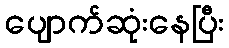
ပျောက်ဆုံးနေပြီး